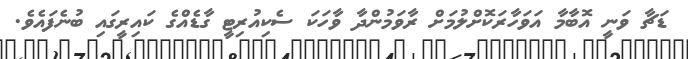
ޑަޗާ ވަނީ އޮބާމާ އަވަހާރަކޮށްލުމަށް ރާވަމުންދާ ވާހަކަ ސެކިއުރިޓީ ގާޑެއްގެ ކައިރީގައި ބުނެފައެވެ.